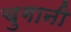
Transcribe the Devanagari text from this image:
चुगानी